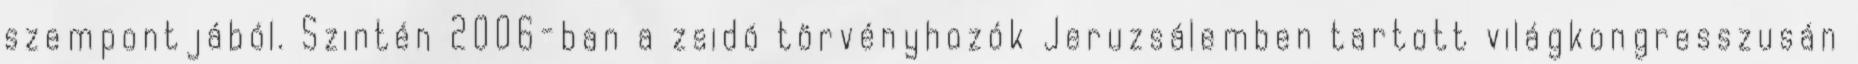
szempontjából. Szintén 2006-ban a zsidó törvényhozók Jeruzsálemben tartott világkongresszusán